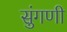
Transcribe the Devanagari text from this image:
सुंगणी